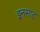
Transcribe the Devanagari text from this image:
इनसाट